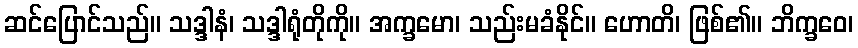
ဆင်ပြောင်သည်။ သဒ္ဒါနံ၊ သဒ္ဒါရုံတိုကို။ အက္ခမော၊ သည်းမခံနိုင်။ ဟောတိ၊ ဖြစ်၏။ ဘိက္ခဝေ၊